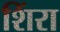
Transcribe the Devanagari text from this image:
शिंरा